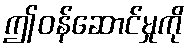
ဤဝန်ဆောင်မှုကို